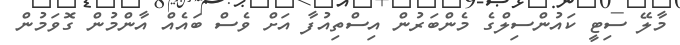
މާލޭ ސިޓީ ކައުންސިލްގެ މެންބަރުން އިސްތިއުފާ އަށް ވެސް ބައެއް އާންމުން ގޮވަމުން